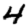
Digit: 4